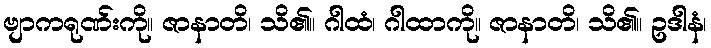
ဗျာကရုဏ်းကို။ ဇာနာတိ၊ သိ၏။ ဂါထံ၊ ဂါထာကို။ ဇာနာတိ၊ သိ၏။ ဥဒါနံ၊